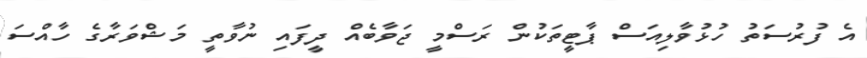
އެ ފުރުސަތު ހުޅުވާލިއަސް ޕާޓީތަކުން ރަސްމީ ޖަވާބެއް ދީފައި ނުވާތީ މަޝްވަރާގެ ހާއްސަ